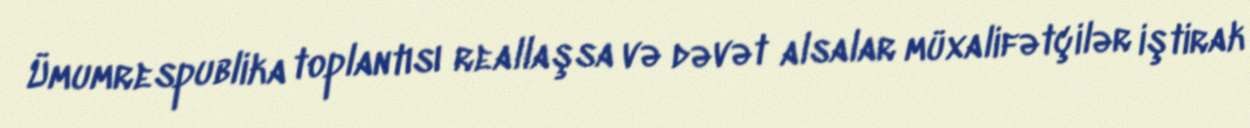
Ümumrespublika toplantısı reallaşsa və dəvət alsalar müxalifətçilər iştirak